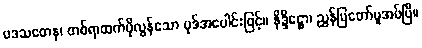
ပဒသတေန၊ တစ်ရာထက်ပိုလွန်သော ပုဒ်အပေါင်းဖြင့်။ နိဒ္ဒိဋ္ဌော၊ ညွှန်ပြတော်မူအပ်ပြီ။